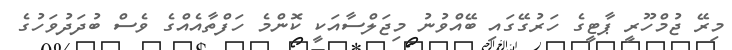
މިރޭ ޖުމްހޫރީ ޕާޓީގެ ހަރުގޭގައި ބޭއްވުނު މިޖަލްސާއަކީ ކޮންމެ ހަފްތާއެއްގެ ވެސް ބުދަދުވަހުގެ